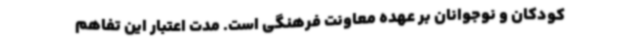
کودکان و نوجوانان بر عهده معاونت فرهنگی است. مدت اعتبار این تفاهم